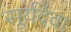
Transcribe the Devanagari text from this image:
सूर्यदेवा